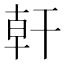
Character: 𪪂